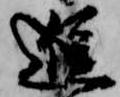
進